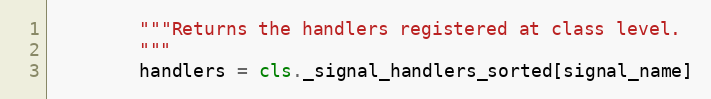
Language: Python
        """Returns the handlers registered at class level.
        """
        handlers = cls._signal_handlers_sorted[signal_name]